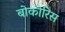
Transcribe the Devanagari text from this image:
बोकोरिस